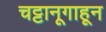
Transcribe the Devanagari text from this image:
चट्टानूगाहून